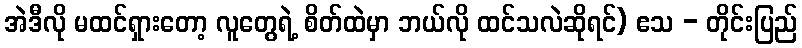
အဲဒီလို မထင်ရှားတော့ လူတွေရဲ့ စိတ်ထဲမှာ ဘယ်လို ထင်သလဲဆိုရင်) ဧသ - တိုင်းပြည်